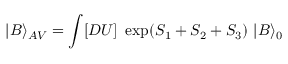
| { \cal B } \rangle _ { A V } = \int [ D U ] \ \exp ( S _ { 1 } + S _ { 2 } + S _ { 3 } ) \ | { \cal B } \rangle _ { 0 }